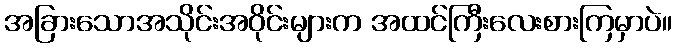
အခြားသောအသိုင်းအဝိုင်းများက အထင်ကြီးလေးစားကြမှာပဲ။